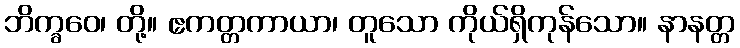
ဘိက္ခဝေ၊ တို့။ ဧကတ္တကာယာ၊ တူသော ကိုယ်ရှိကုန်သော။ နာနတ္တ